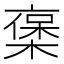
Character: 𠆅